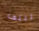
تلتف